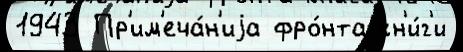
1943 Пр'им'еча́н'иjа фро́нта кн'и́г'и